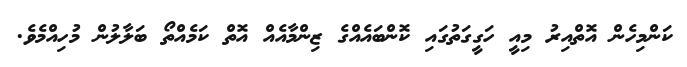
ކަންމިހެން އޮތްއިރު މިއީ ހަގީގަތުގައި ކޮންބައެއްގެ ޒިންމާއެއް އޮތް ކަމެއްތޯ ބަލާލުން މުހިއްމެވެ.